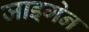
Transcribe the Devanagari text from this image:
जाइगेन